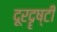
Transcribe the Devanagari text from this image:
दूरदॄष्टी